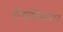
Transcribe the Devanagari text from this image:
नॉनप्रोलिफरेशन